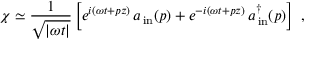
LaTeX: \chi \simeq \frac { 1 } { \sqrt { | \omega t | } } \left[ e ^ { i ( \omega t + p z ) } \, a _ { \, \mathrm { i n } } ( p ) + e ^ { - i ( \omega t + p z ) } \, a _ { \, \mathrm { i n } } ^ { \dagger } ( p ) \right] \ ,